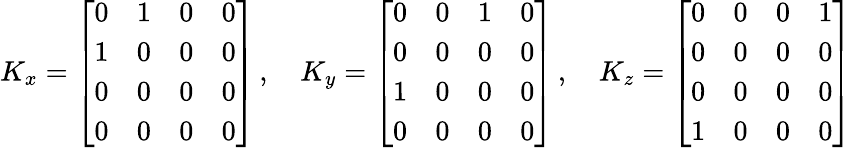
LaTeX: K_{x}={\left[\begin{array}{llll}{0}&{1}&{0}&{0}\\ {1}&{0}&{0}&{0}\\ {0}&{0}&{0}&{0}\\ {0}&{0}&{0}&{0}\end{array}\right]}\, ,\quad K_{y}={\left[\begin{array}{llll}{0}&{0}&{1}&{0}\\ {0}&{0}&{0}&{0}\\ {1}&{0}&{0}&{0}\\ {0}&{0}&{0}&{0}\end{array}\right]}\, ,\quad K_{z}={\left[\begin{array}{llll}{0}&{0}&{0}&{1}\\ {0}&{0}&{0}&{0}\\ {0}&{0}&{0}&{0}\\ {1}&{0}&{0}&{0}\end{array}\right]}